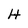
Character: H